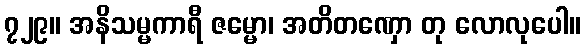
၇၂၉။ အနိသမ္မကာရီ ဇမ္မော၊ အတိတဏှော တု လောလုပေါ။